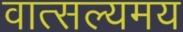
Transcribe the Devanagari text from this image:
वात्सल्यमय